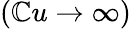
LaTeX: (\mathbb{C}u\to\infty)